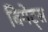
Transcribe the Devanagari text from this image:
बिगेट्स